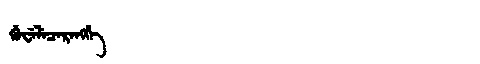
Manchu: ᡤᡠᠸᡝᠯᡝᠴᡝᡵᡝᠩᡤᡝ
Romanization: GUWELECERENGGE